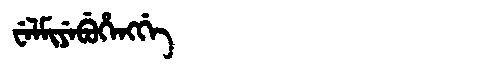
Manchu: ᠸᡝᠯᠮᡳᠶᡝᠪᡠᡥᡝᠩᡤᡝ
Romanization: WELMIYEBUHENGGE